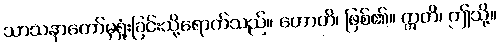
သာသနာတော်မှရှုံးခြင်းသို့ရောက်သည်။ ဟောတိ၊ ဖြစ်၏။ ဣတိ၊ ဤသို့။